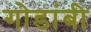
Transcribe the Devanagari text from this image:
गोडांबी